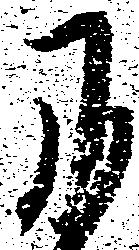
に